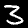
Label: 3